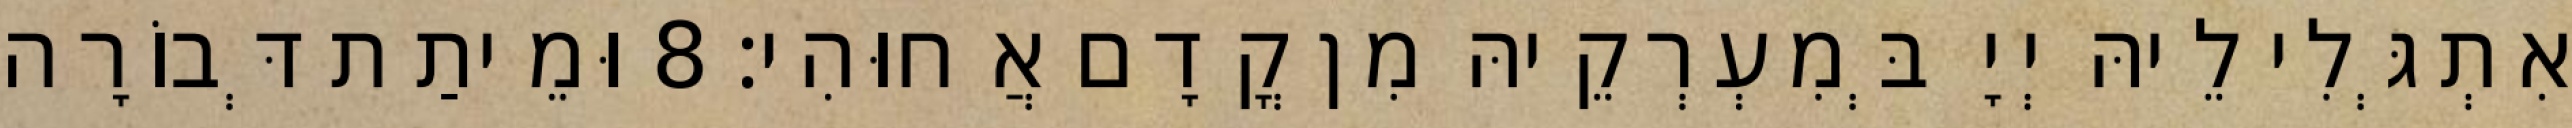
אִתְגְּלִי לֵיהּ יְיָ בְּמִעְרְקֵיהּ מִן קֳדָם אֲחוּהִי׃ 8 וּמֵיתַת דְּבוֹרָה